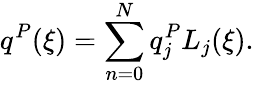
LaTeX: q^{P}(\xi)=\sum_{n=0}^{N}q_{j}^{P}L_{j}(\xi).